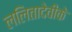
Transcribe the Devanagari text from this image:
ललितादेवीके